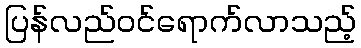
ပြန်လည်ဝင်ရောက်လာသည့်